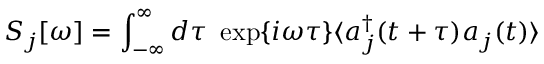
S _ { j } [ \omega ] = \int _ { - \infty } ^ { \infty } d \tau \ \exp \{ i \omega \tau \} \langle a _ { j } ^ { \dag } ( t + \tau ) a _ { j } ( t ) \rangle